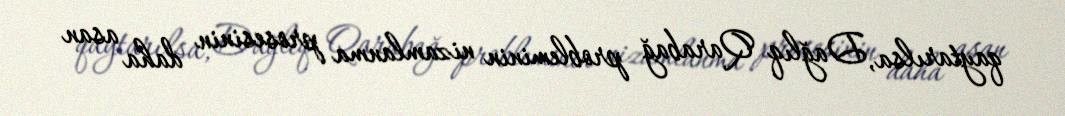
qaytarılsa, Dağlıq Qarabağ probleminin nizamlanma prosesinin daha asan